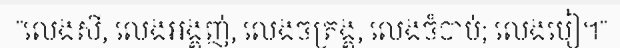
"លេងសី, លេងអង្គញ់, លេងចត្រង្គ, លេងចំបាប់; លេងបៀ។"